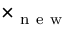
\times _ { \mathrm { ~ n ~ e ~ w ~ } }